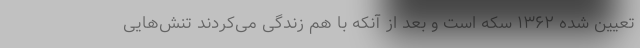
تعیین شده ۱۳۶۲ سکه است و بعد از آنکه با هم زندگی می‌کردند تنش‌هایی